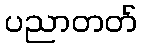
ပညာတတ်